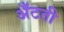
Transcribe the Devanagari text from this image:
अँटती